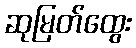
ဆုမြတ်ထွေး